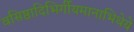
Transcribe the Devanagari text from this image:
वसिष्ठादिभिर्गीयमानाभिधेये